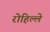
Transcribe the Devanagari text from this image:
रोहिल्ले